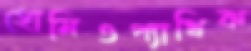
হোমিওপ্যাথিক